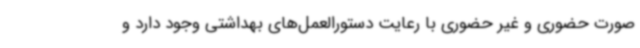
صورت حضوری و غیر حضوری با رعایت دستورالعمل‌های بهداشتی وجود دارد و